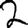
Digit: 2